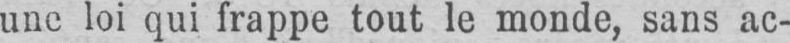
une loi qui frappe tout le monde, sans ac-